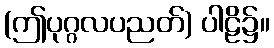
(ဤပုဂ္ဂလပညတ်) ပါဠိ၌။